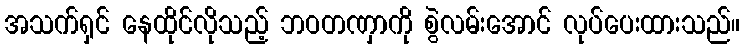
အသက်ရှင် နေထိုင်လိုသည့် ဘဝတဏှာကို စွဲလမ်းအောင် လုပ်ပေးထားသည်။